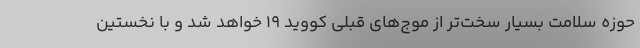
حوزه سلامت بسیار سخت‌تر از موج‌های قبلی کووید ۱۹ خواهد شد و با نخستین